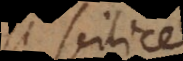
si scilice